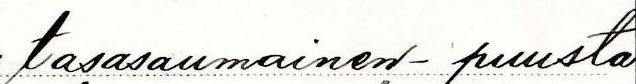
tasasaumainen - puusta